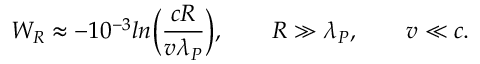
W _ { R } \approx - { 1 0 ^ { - 3 } } l n \Bigl ( { \frac { c R } { v \lambda _ { P } } } \Bigr ) , \qquad R \gg \lambda _ { P } , \qquad v \ll c .